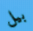
بيل